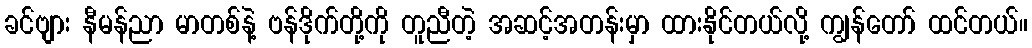
ခင်ဗျား နီမန်ညာ မာတစ်နဲ့ ဗန်ဒိုက်တို့ကို တူညီတဲ့ အဆင့်အတန်းမှာ ထားနိုင်တယ်လို့ ကျွန်တော် ထင်တယ်။